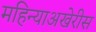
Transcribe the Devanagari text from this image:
महिन्याअखेरीस